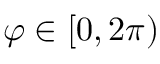
\varphi \in [ 0 , 2 \pi )